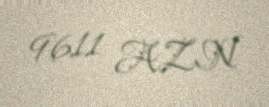
9611 AZN